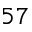
5 7